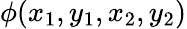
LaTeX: \phi(x_{1},y_{1},x_{2},y_{2})